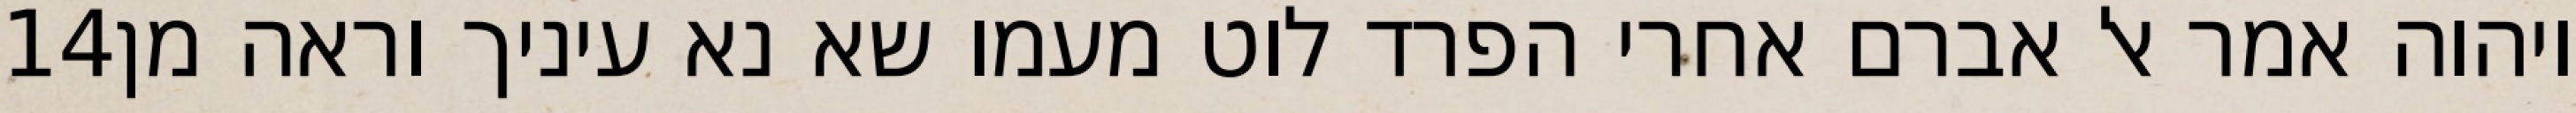
‎14‏ ויהוה אמר אל אברם אחרי הפרד לוט מעמו שא נא עיניך וראה מן